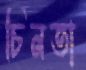
চিনতা